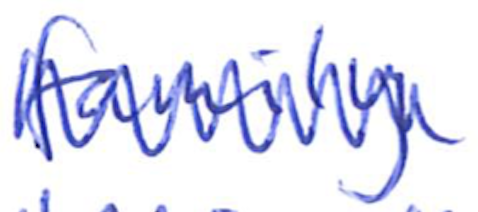
Text: family
Cross-out: zig-zag
Writing tool: ballpoint